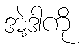
အဲ့ဒါကို